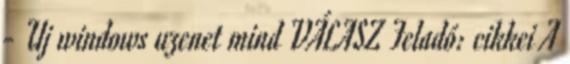
- Uj windows uzenet mind VÁLASZ Feladó: cikkei A